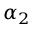
\alpha _ { 2 }